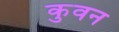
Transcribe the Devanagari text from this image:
कुवन